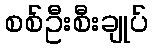
စစ်ဦးစီးချုပ်